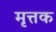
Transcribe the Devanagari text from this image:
मृत्तक